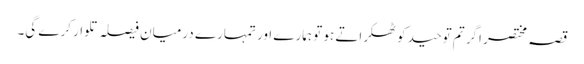
قصہ مختصر اگر تم توحید کو ٹھکراتے ہو تو ہمارے اور تمہارے درمیان فیصلہ تلوار کرے گی۔